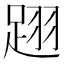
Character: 䟳